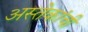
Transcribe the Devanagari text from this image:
अस्तेकांची